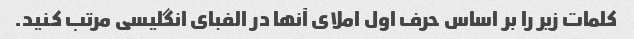
کلمات زیر را بر اساس حرف اول املای آنها در الفبای انگلیسی مرتب کنید.